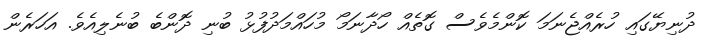
ދުނިޔޭގައި ހުރެއްޖެނަމަ ކޮންމެވެސް ގޮތެއް ހޯދާނަމޯ މުހައްމަދުފުޅު ބުނި ދޮންބެ ބުނެލިއެވެ. އަހަރެން